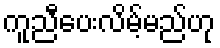
ကူညီပေးလိမ့်မည်ဟု